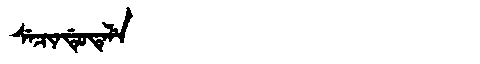
Manchu: ᠰᡝᠴᡳᠨᡩᡠᡨᡝᠯᡝ
Romanization: SECINDUTELE